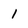
Character: 1